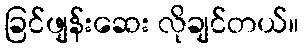
ခြင်ဖျန်းဆေး လိုချင်တယ်။